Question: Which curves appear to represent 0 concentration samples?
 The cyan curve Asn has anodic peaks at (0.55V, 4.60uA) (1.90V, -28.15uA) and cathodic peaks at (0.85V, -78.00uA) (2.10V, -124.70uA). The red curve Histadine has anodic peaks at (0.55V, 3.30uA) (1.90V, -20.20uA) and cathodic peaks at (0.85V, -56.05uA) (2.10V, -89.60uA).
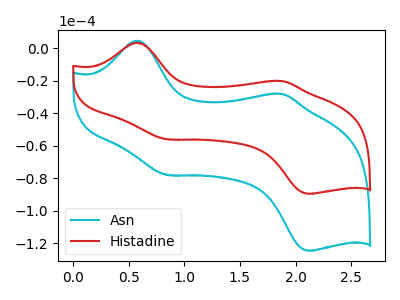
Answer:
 <answer>There are not any CV's on this graph that are likely to be blanks.</answer>
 <eval>none</eval>